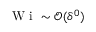
\textrm { W i } \sim \mathcal { O } ( \delta ^ { 0 } )